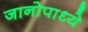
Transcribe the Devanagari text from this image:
जानोपाध्ये